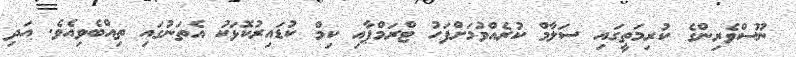
ނޫސްވެރިންގެ ކުރިމަތީގައި ސަލާމް ކުރެއްވުމަށްފަހު ޓްރަމްޕާއި ކިމް ކުޑައިރުކޮޅަކު އެތަނުގައި ތިއްބެވިއެވެ. އަދި